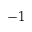
- 1